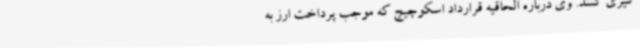
گیری کنند. وی درباره الحاقیه قرارداد اسکوچیچ که موجب پرداخت ارز به